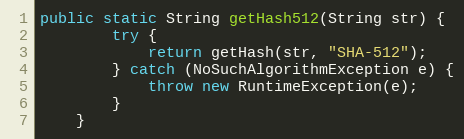
Language: Java
public static String getHash512(String str) {
        try {
            return getHash(str, "SHA-512");
        } catch (NoSuchAlgorithmException e) {
            throw new RuntimeException(e);
        }
    }